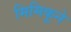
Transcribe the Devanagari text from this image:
मिमिकूने